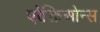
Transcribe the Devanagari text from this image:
एरेक्तिओन्स